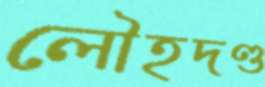
লৌহদণ্ড